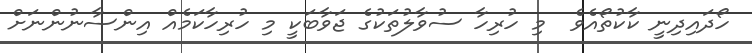
ހޯދައިދިނީ ކާކުތޯއެވެ  މި ހުރިހާ ސުވާލުތަކުގެ ޖަވާބަކީ މި ހުރިހާކަމެއް އިންސާނުންނަށް